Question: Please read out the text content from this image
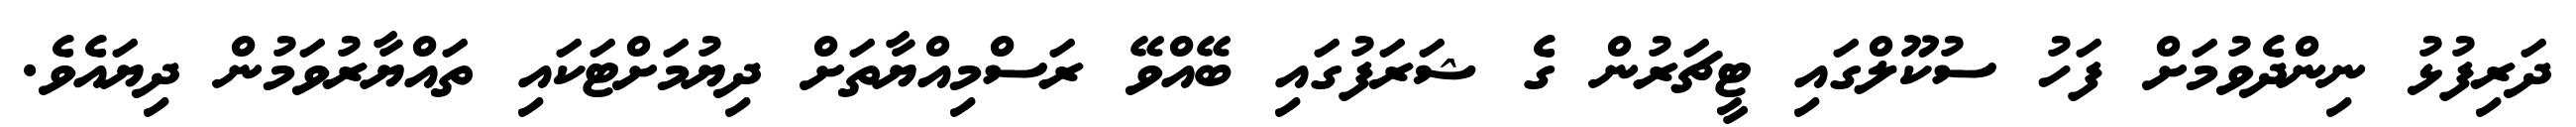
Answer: ދަރިފުޅު ނިންދެވުމަށް ފަހު ސުކޫލްގައި ޓީޗަރުން ގެ ޝަރަފުގައި ބޭއްވޭ ރަސްމިއްޔާތަށް ދިޔުމަށްޓަކައި ތައްޔާރުވަމުން ދިޔައެވެ.